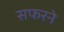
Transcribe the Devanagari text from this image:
सफरने